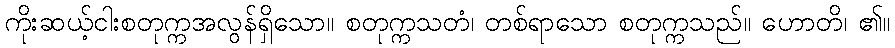
ကိုးဆယ့်ငါးစတုက္ကအလွန်ရှိသော။ စတုက္ကသတံ၊ တစ်ရာသော စတုက္ကသည်။ ဟောတိ၊ ၏။